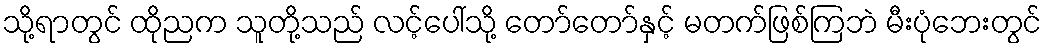
သို့ရာတွင် ထိုညက သူတို့သည် လင့်ပေါ်သို့ တော်တော်နှင့် မတက်ဖြစ်ကြဘဲ မီးပုံဘေးတွင်